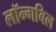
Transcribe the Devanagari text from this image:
लॉन्गबिल